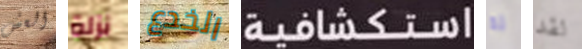
العش نزلة الخدع استكشافية له لقد